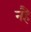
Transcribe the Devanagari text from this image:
नहै